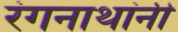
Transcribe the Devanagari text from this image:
रंगनाथांनी